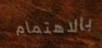
بالاهتمام